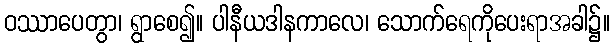
ဝဿာပေတွာ၊ ရွာစေ၍။ ပါနီယဒါနကာလေ၊ သောက်ရေကိုပေးရာအခါ၌။